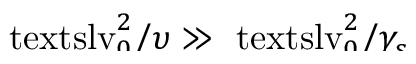
\smash { \ensuremath { \mathrm { \ t e x t s l { v } } _ { 0 } } ^ { 2 } / \upsilon \gg \ensuremath { \mathrm { \ t e x t s l { v } } _ { 0 } } ^ { 2 } / \gamma _ { s } }